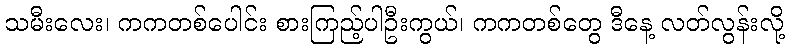
သမီးလေး၊ ကကတစ်ပေါင်း စားကြည့်ပါဦးကွယ်၊ ကကတစ်တွေ ဒီနေ့ လတ်လွန်းလို့